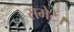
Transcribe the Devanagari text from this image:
समेटें।